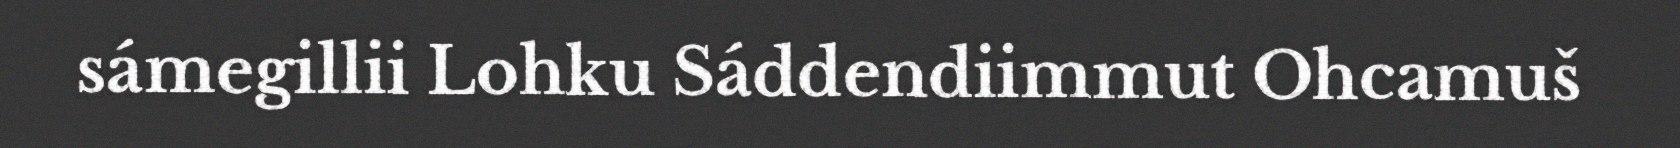
sámegillii Lohku Sáddendiimmut Ohcamuš